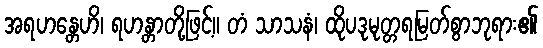
အရဟန္တေဟိ၊ ရဟန္တာတို့ဖြင့်။ တံ သာသနံ၊ ထိုပဒုမုတ္တရမြတ်စွာဘုရား၏